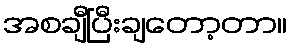
အစချီပြီးချတော့တာ။